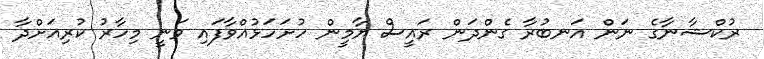
ރުކްޝާނާގެ ނަން އަނބުރާ ގެންދަން ރައީސް ޔާމީން ހުށަހަޅުއްވާފައި ވަނީ މިހާރު ކުރިއަށްދާ